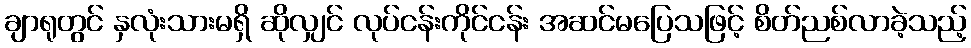
ချာရုတွင် နှလုံးသားမရှိ ဆိုလျှင် လုပ်ငန်းကိုင်ငန်း အဆင်မပြေသဖြင့် စိတ်ညစ်လာခဲ့သည့်